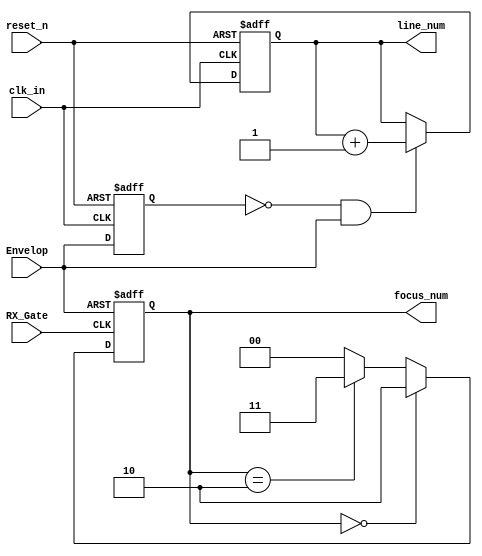


module   cc3200_test_model   (
  //input
     
    input                               clk_in ,
    
    input                               reset_n,
 
    input                               RX_Gate, 
  
    input                               Envelop,

 //output
  
   output   reg     [7:0]               line_num,

   output          [1:0]               focus_num
     
         
   );



 //wire


    



 //reg



    reg        [5:0]                 clk_cnt    ;


    reg                             clk_10M     ;


    reg                             envelop_reg ;

   
    reg      [1:0]                  Focus_Num_Pre;                 



     

            
       always@ (posedge  clk_in   or  negedge reset_n )
      
           begin
                      if  (!reset_n)
                             
                          envelop_reg   <=  0      ;
                      else
                          envelop_reg   <=  Envelop;

            end

  
     
       
        always@ (posedge  clk_in   or  negedge reset_n )
          begin
                      if (!reset_n)
                           
                             line_num    <=  0 ;
                      else if (!envelop_reg&&Envelop)
                             
                              line_num    <=  line_num + 1'b1 ;


           end



   
      always @(posedge RX_Gate or posedge Envelop)
            begin       
		if(Envelop) 
                 begin
			Focus_Num_Pre <= 2'b0;
	
		 end
		else
                  begin
			if(Focus_Num_Pre[1:0] == 2'b00) 
                        begin
				Focus_Num_Pre[1:0] <= 2'b10;
			end
			/*
			else if(Focus_Num_Pre[1:0] == 2'b01) begin
				Focus_Num_Pre[1:0] <= 2'b10;     
			end
		    */
			else if(Focus_Num_Pre[1:0] == 2'b10) 
                         begin
				Focus_Num_Pre[1:0] <= 2'b11;     
			 end
			else if(Focus_Num_Pre[1:0] == 2'b11) 
                         begin
				Focus_Num_Pre[1:0] <= 2'b00;     
			end
			else 
			begin
				Focus_Num_Pre[1:0] <= 2'b00;     
			end			
			
		
		   /*
			if(Focus_Num_Pre[1:0] < 2'b11) begin
					Focus_Num_Pre <= Focus_Num_Pre + 1'b1;
			end
			else begin
				Focus_Num_Pre 	<= 2'b00;
			end
			*/
		end
	end



      
                    
    assign    focus_num    =       Focus_Num_Pre ;
            
       
   




  endmodule